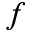
f